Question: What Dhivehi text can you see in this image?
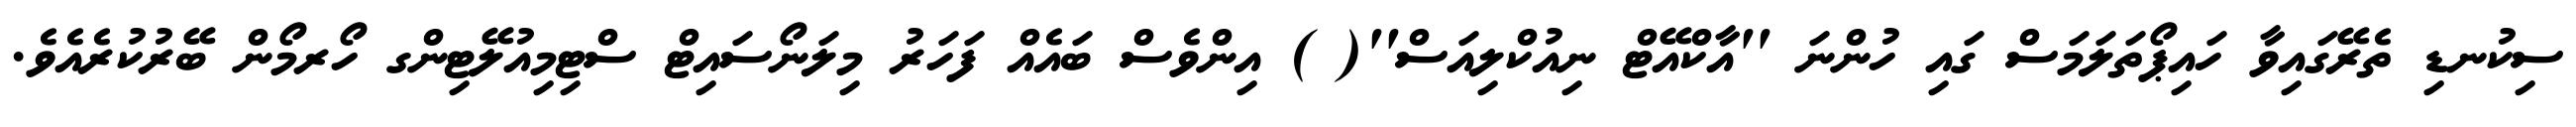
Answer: ސިކުނޑި ތެރޭގައިވާ ހައިޕޯތަލަމަސް ގައި ހުންނަ ''އާކްއޭޓް ނިއުކްލިއަސް''( ) އިންވެސް ބައެއް ފަހަރު މިލަނޯސައިޓް ސްޓިމިއުލޭޓިންގ ހޯރމޯން ބޭރުކުރެއެވެ.